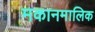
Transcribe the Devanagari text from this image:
मकानमालिक